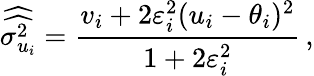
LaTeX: \widehat{\widehat{\sigma_{u_{i}}^{2}}}=\frac{v_{i}+2\varepsilon_{i}^{2}(u_{i}-\theta_{i})^{2}}{1+2\varepsilon_{i}^{2}}\, ,